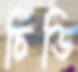
চিডি